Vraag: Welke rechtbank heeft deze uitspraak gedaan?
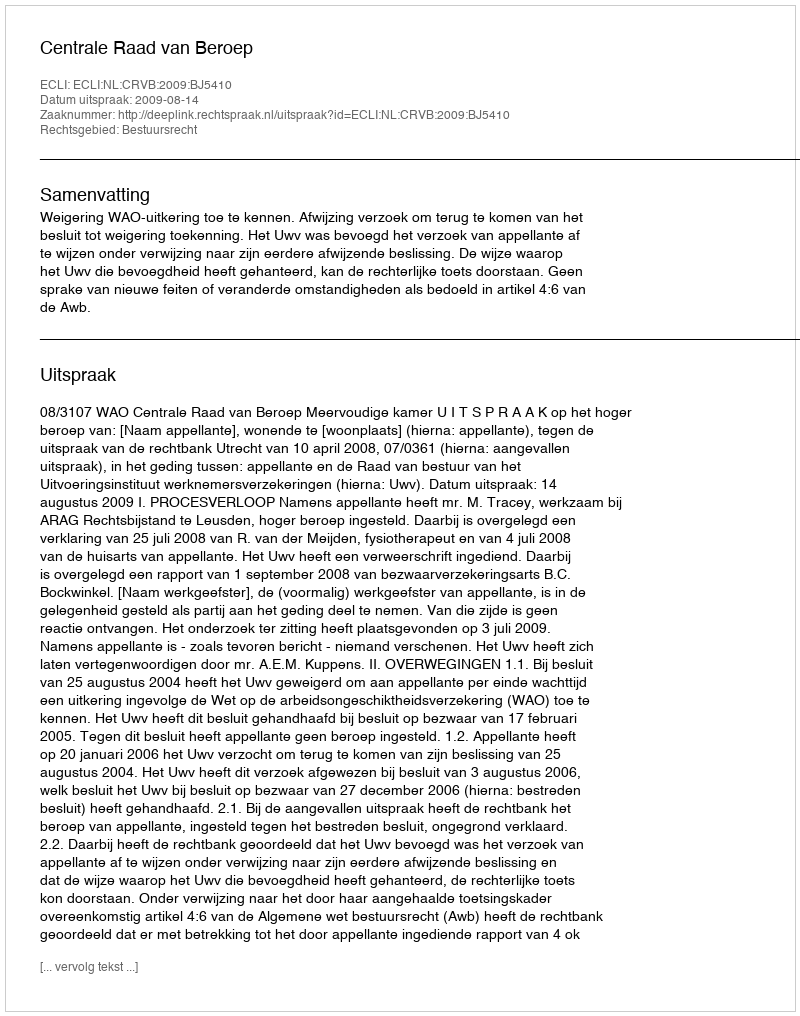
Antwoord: Centrale Raad van Beroep